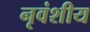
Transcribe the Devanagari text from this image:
नृवंशीय